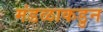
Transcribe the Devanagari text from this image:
मंडळाकडुन